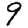
Digit: 9